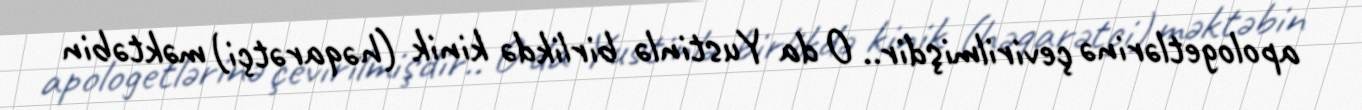
apologetlərinə çevirilmişdir.. O da Yustinlə birlikdə kinik (həqarətçi) məktəbin